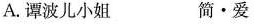
A.谭波儿小姐 简·爱